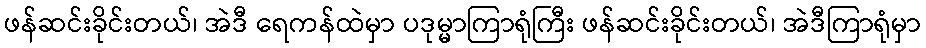
ဖန်ဆင်းခိုင်းတယ်၊ အဲဒီ ရေကန်ထဲမှာ ပဒုမ္မာကြာရုံကြီး ဖန်ဆင်းခိုင်းတယ်၊ အဲဒီကြာရုံမှာ